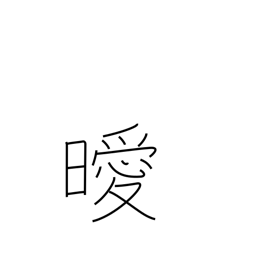
Meaning: not clear